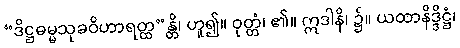
“ဒိဋ္ဌဓမ္မသုခဝိဟာရတ္ထ”န္တိ၊ ဟူ၍။ ဝုတ္တံ၊ ၏။ ဣဒါနိ၊ ၌။ ယထာနိဒ္ဒိဋ္ဌံ၊